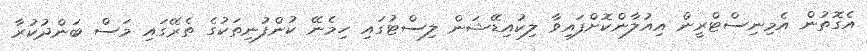
އެގޮތުން އެމިނިސްޓްރީން އިއުލާންކޮށްފައިވާ ލިކުއިޑޭޝަން ލިސްޓުގައި ހިމެނޭ ކުންފުނިތަކުގެ ތެރޭގައި މަސް ބަންދުކުރާ